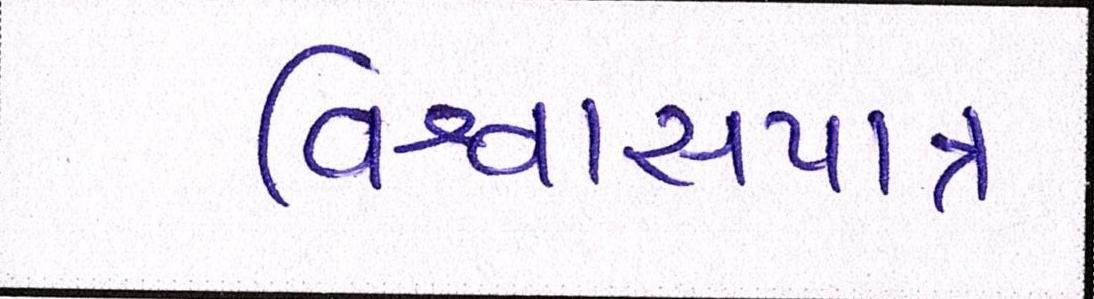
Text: વિશ્વાસપાત્ર